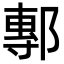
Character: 鄟